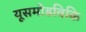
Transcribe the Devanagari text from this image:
यूसमोडविकि